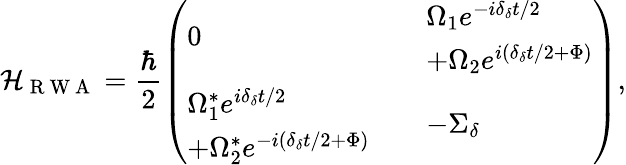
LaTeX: \mathcal{H}_{\mathrm{{~R~W~A~}}}=\frac{{\hbar}}{{2}}\left(\begin{array}{lll}{0}&{}&{\begin{array}{l}{\Omega_{1}e^{-i\delta_{\delta}t/2}}\\ {+\Omega_{2}e^{i(\delta_{\delta}t/2+\Phi)}}\end{array}}\\ {\begin{array}{l}{\Omega_{1}^{*}e^{i\delta_{\delta}t/2}}\\ {+\Omega_{2}^{*}e^{-i(\delta_{\delta}t/2+\Phi)}}\end{array}}&{}&{-\Sigma_{\delta}}\end{array}\right),